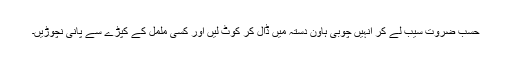
حسب ضروت سیب لے کر انہیں چوبی ہاون دستہ میں ڈال کر کوٹ لیں اور کسی ململ کے کپڑے سے پانی نچوڑیں۔